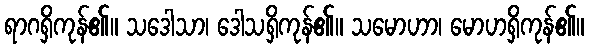
ရာဂရှိကုန်၏။ သဒေါသာ၊ ဒေါသရှိကုန်၏။ သမောဟာ၊ မောဟရှိကုန်၏။